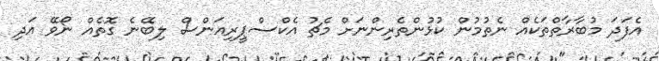
އެފަދަ މުބާރާތްތަކެއް ނެތުމުން ކުޅުންތެރިންނަށް މެޗު އެކްސްޕީރިއަންސް ލިބޭނެ ގޮތެއް ނޯވޭ އަދި